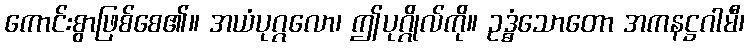
ကောင်းစွာဖြစ်စေ၏။ အယံပုဂ္ဂလော၊ ဤပုဂ္ဂိုလ်ကို။ ဥဒ္ဓံသောတော အကနဋ္ဌဂါမီ၊